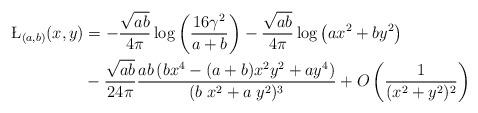
LaTeX: \begin{align*}\L_{(a,b)}(x,y) & = -\frac{\sqrt{a b}}{4 \pi } \log \left( \frac{ 16 \gamma^2}{ a+b } \right) - \frac{\sqrt{a b} }{4 \pi} \log\left(a x^2 + b y^2 \right) \\ & - \frac{\sqrt{a b}}{24 \pi} \frac{a b \left( b x^4 - (a + b ) x^2 y^2 + a y^4 \right)}{(b\;x^2 + a\;y^2)^3} + O\left(\frac{1}{(x^2 + y^2)^2} \right) \end{align*}